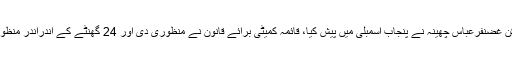
پنجاب عوامی نمائندگان ترمیمی بل 2019ء گزشتہ روز تحریکِ انصاف کے رکن غضنفرعباس چھینہ نے پنجاب اسمبلی میں پیش کیا، قائمہ کمیٹی برائے قانون نے منظوری دی اور 24 گھنٹے کے اندراندر منظور بھی ہو گیا، بل کی منظوری کے وقت اپوزیشن ارکان نے واک آؤٹ کیا ہوا تھا۔